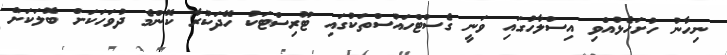
ނިހާނު ހުށަހެޅުއްވި އިސްލާހުގައި ވަނީ ގެސްޓްހައުސްތަކުގައި ޓޫރިސްޓަކު ހޭދަކުރާ ކޮންމެ ދުވަހަކަށް ބޮލަކަށް